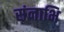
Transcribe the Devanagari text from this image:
संनाभि